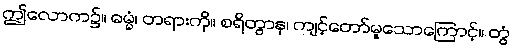
ဤလောက၌။ ဓမ္မံ၊ တရားကို။ စရိတွာန၊ ကျင့်တော်မူသောကြောင့်။ တွံ